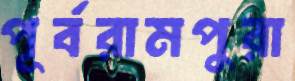
পূর্বরামপুরা